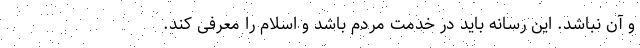
و آن نباشد. این رسانه باید در خدمت مردم باشد و اسلام را معرفی کند.